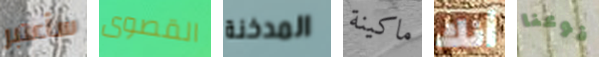
سأعتبر القصوى المدخنة ماكينة أنك نوعنا